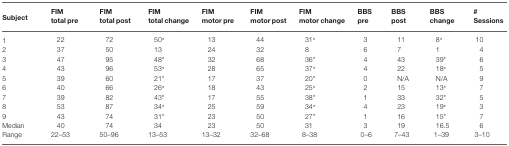
| Subject | FIM total pre | FIM total post | FIM total change | FIM motor pre | FIM motor post | FIM motor change | BBS pre | BBS post | BBS change | # Sessions |
 | --- | --- | --- | --- | --- | --- | --- | --- | --- | --- | --- |
 | 1 | 22 | 72 | 50* | 13 | 44 | 31* | 3 | 11 | 8* | 10 |
 | 2 | 37 | 50 | 13 | 24 | 32 | 8 | 6 | 7 | 1 | 4 |
 | 3 | 47 | 95 | 48* | 32 | 68 | 36* | 4 | 43 | 39* | 6 |
 | 4 | 43 | 96 | 53* | 28 | 65 | 37* | 4 | 22 | 18* | 5 |
 | 5 | 39 | 60 | 21* | 17 | 37 | 20* | 0 | N/A | N/A | 9 |
 | 6 | 40 | 66 | 26* | 18 | 43 | 25* | 2 | 15 | 13* | 7 |
 | 7 | 39 | 82 | 43* | 17 | 55 | 38* | 1 | 33 | 32* | 5 |
 | 8 | 53 | 87 | 34* | 25 | 59 | 34* | 4 | 23 | 19* | 3 |
 | 9 | 43 | 74 | 31* | 23 | 50 | 27* | 1 | 16 | 15* | 7 |
 | Median | 40 | 74 | 34 | 23 | 50 | 31 | 3 | 19 | 16.5 | 6 |
 | Range | 22–53 | 50–96 | 13–53 | 13–32 | 32–68 | 8–38 | 0–6 | 7–43 | 1–39 | 3–10 |